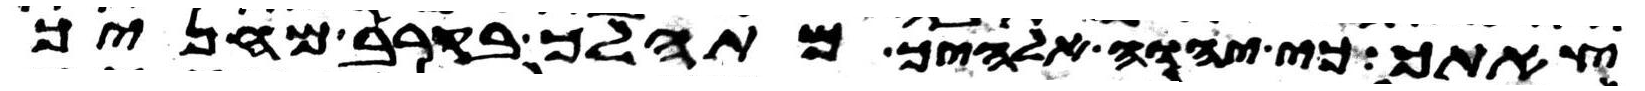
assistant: צאתך כי יהוה אלהיך מתהלך בקרב מחניך